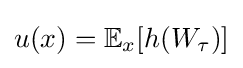
u(x)=\mathbb {E} _{x}[h(W_{\tau })]